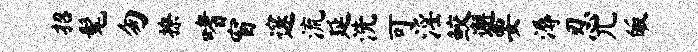
招髦匆撩嗜窗邃流延洗可淫鲛邂要溽忍兀皈